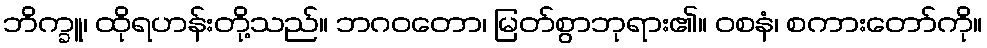
ဘိက္ခူ၊ ထိုရဟန်းတို့သည်။ ဘဂဝတော၊ မြတ်စွာဘုရား၏။ ဝစနံ၊ စကားတော်ကို။